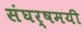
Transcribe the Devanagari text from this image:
संघर्षमयी